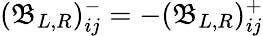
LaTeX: (\mathfrak{B}_{L,R})_{ij}^{-}=-(\mathfrak{B}_{L,R})_{ij}^{+}